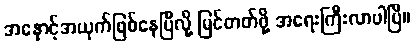
အနှောင့်အယှက်ဖြစ်နေပြီလို့ မြင်တတ်ဖို့ အရေးကြီးလာပါပြီ။